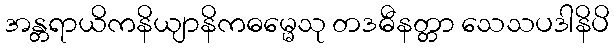
အန္တရာယိကနိယျာနိကဓမ္မေသု တဒဓီနတ္တာ သေသပဒါနိပိ